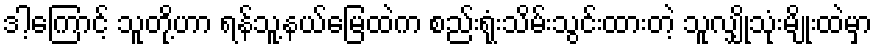
ဒါ့ကြောင့် သူတို့ဟာ ရန်သူ့နယ်မြေထဲက စည်းရုံးသိမ်းသွင်းထားတဲ့ သူလျှိုသုံးမျိုးထဲမှာ